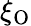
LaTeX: \xi_{\textup{O}}